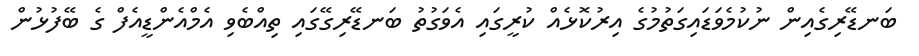
ބަނޑޭރިގެއިން ނުކުމެވަޑައިގަތުމުގެ އިރުކޮޅެއް ކުރީގައި އެވަގުތު ބަނޑޭރިގޭގައި ތިއްބެވި އެމްއެންޑީއެފް ގެ ބޭފުޅުން